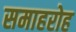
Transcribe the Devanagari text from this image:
समाहरोह